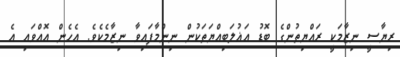
ރިޔާސީ ނިޒާމަކީ ރައްޔިތުންގެ ބޮޑު އަޣުލަބިއްޔަތަކުން ނިންމާފައިވާ ނިޒާމެކެވެ. އެހެން އޮއްވައި އެ